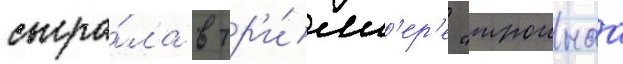
сыгра́ла в тр'и́лл'ер'е "троинаа